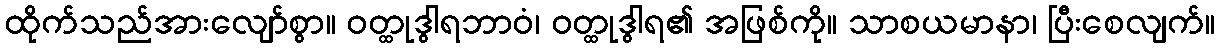
ထိုက်သည်အားလျော်စွာ။ ဝတ္ထုဒွါရဘာဝံ၊ ဝတ္ထုဒွါရ၏ အဖြစ်ကို။ သာစယမာနာ၊ ပြီးစေလျက်။